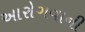
આરોગવાની